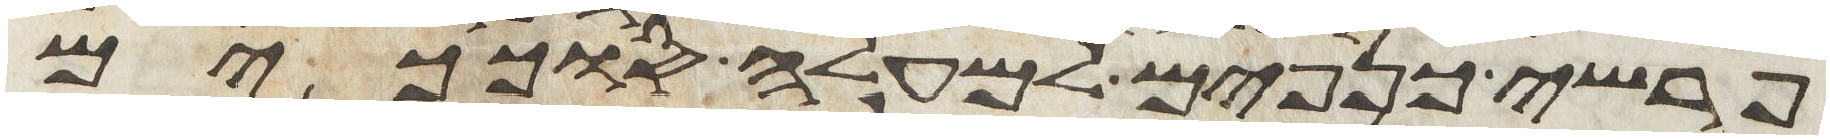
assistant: פרשי כנפים למעלה סככים